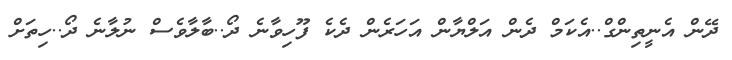
ދޭން އެނީތިންގް..އެކަމް ދެން އަލްޔާން އަހަރެން ދެކެ ފޫހިވާނެ ދޯ..ބާލާވެސް ނުލާނެ ދޯ..ހިތަށް